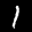
Label: 1